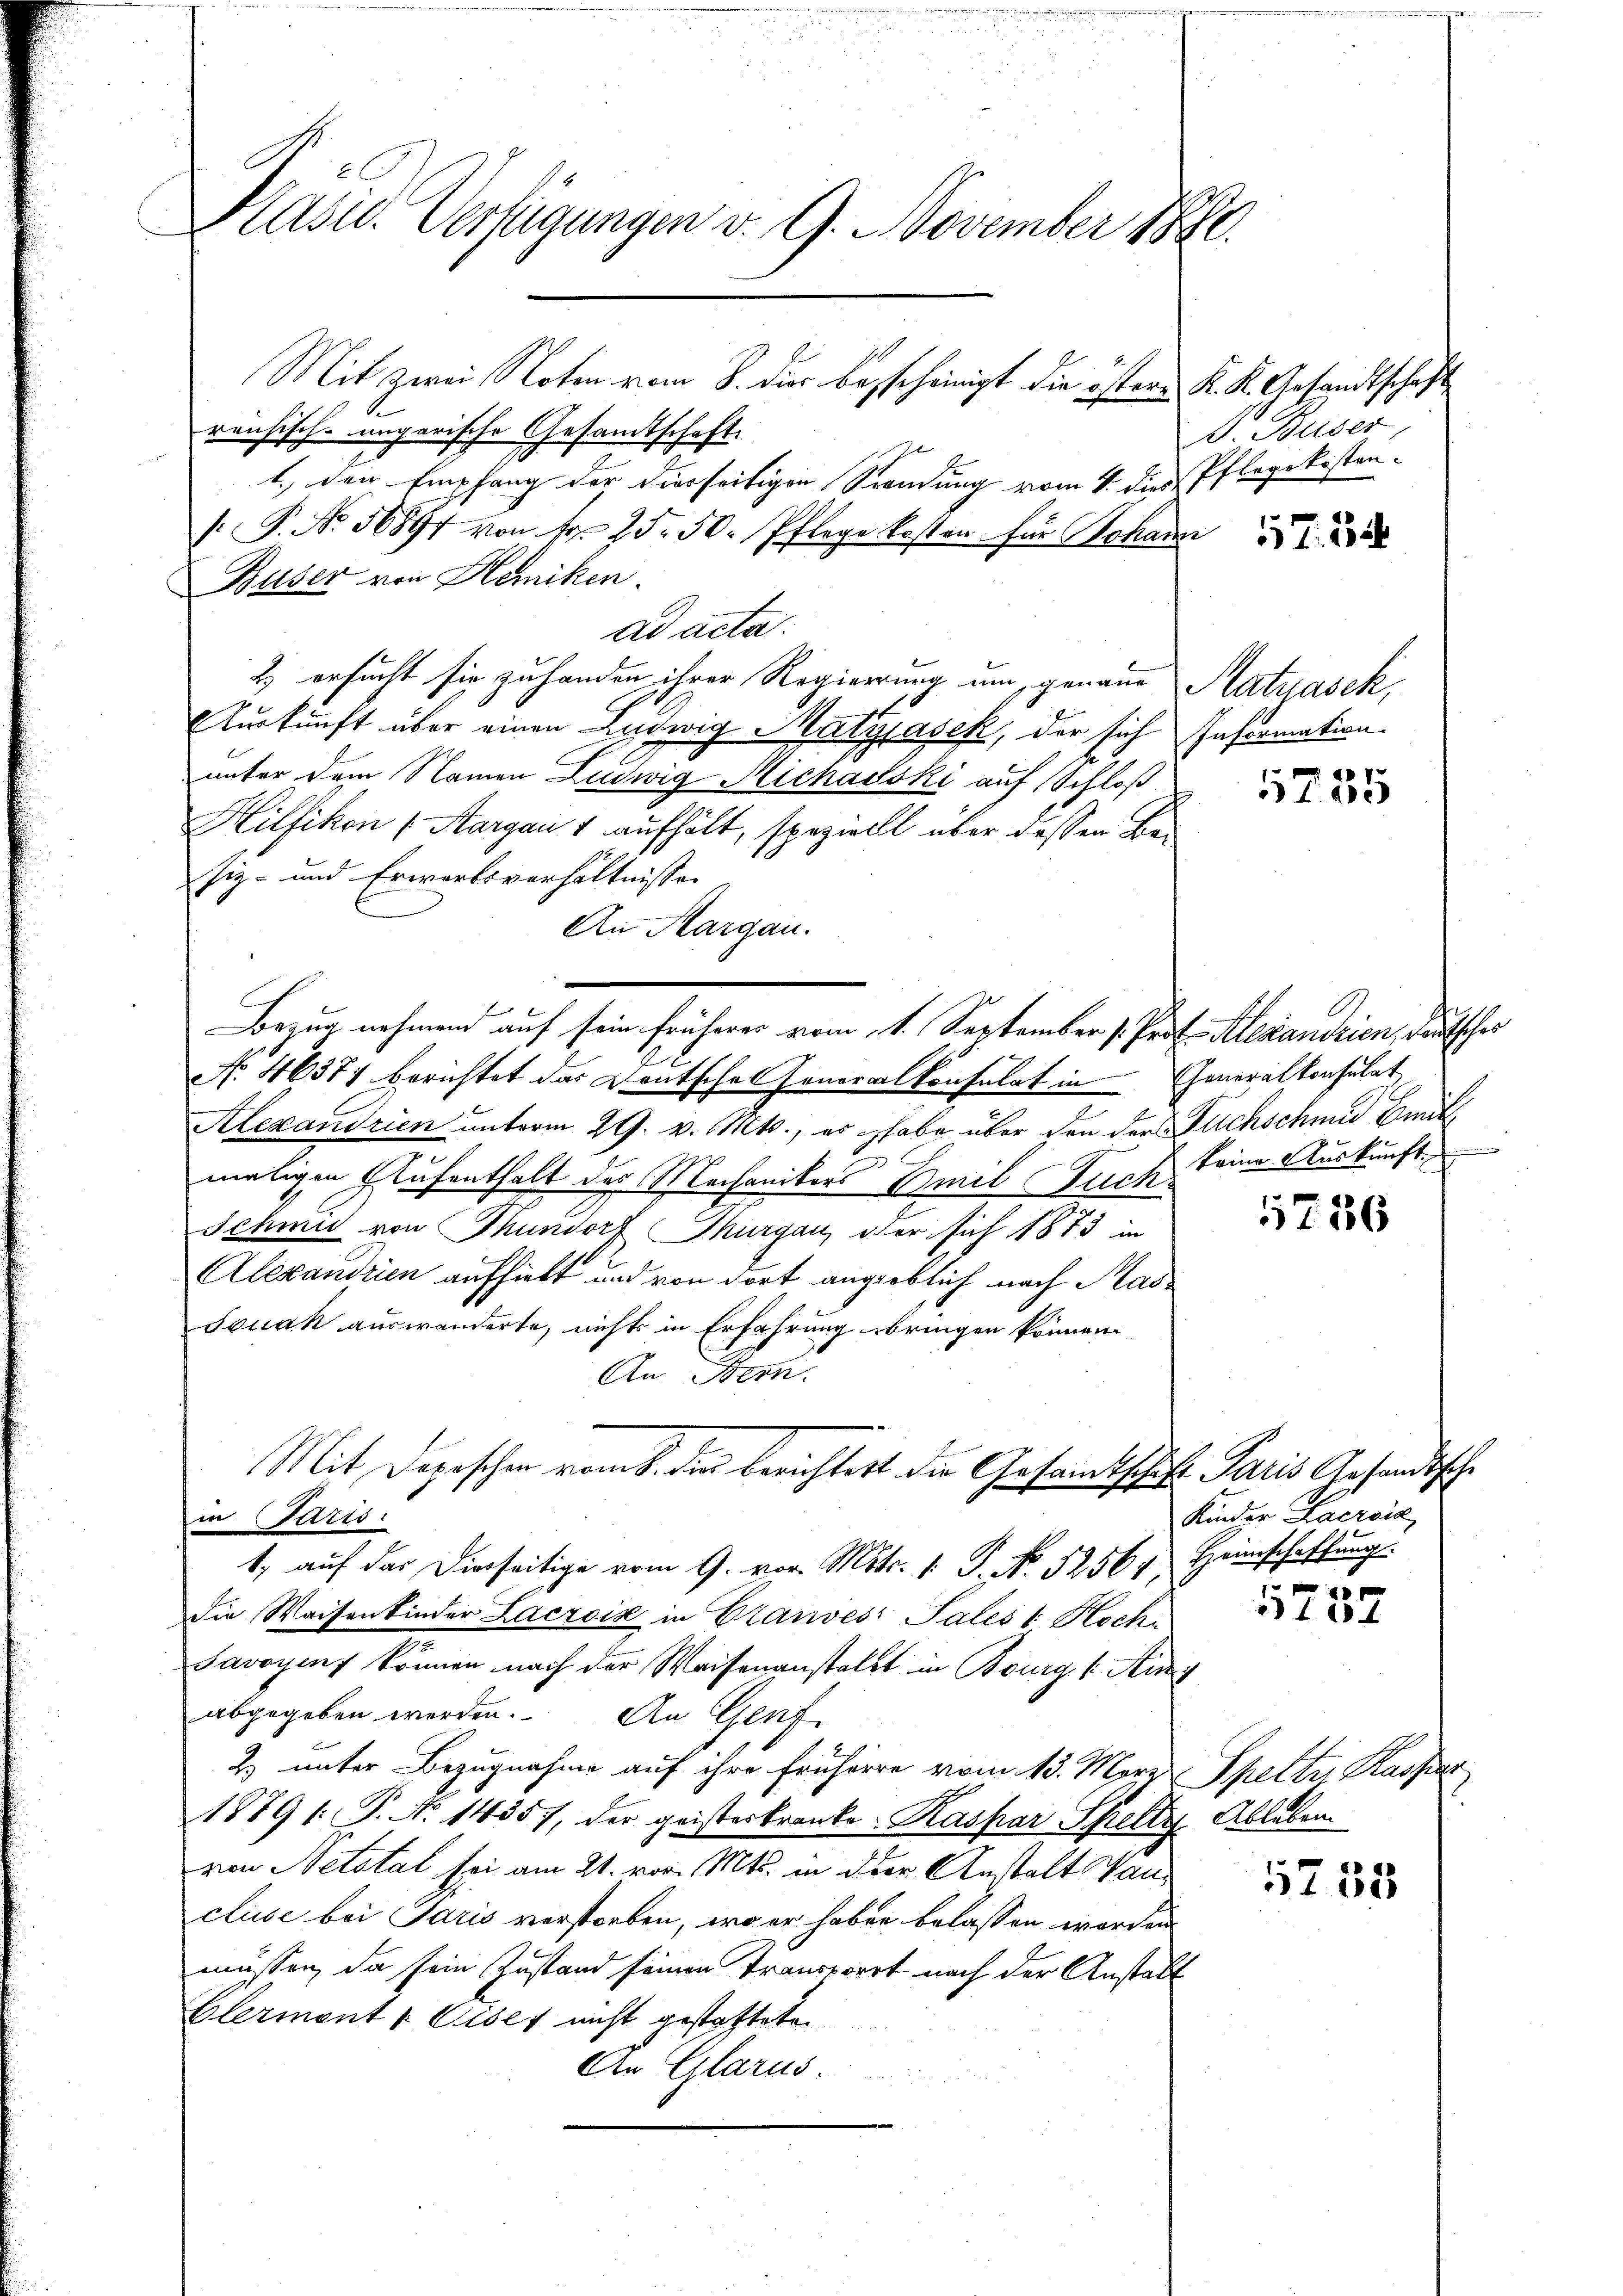
Kasu. Verfügungen v. 9. November 1880.

reusisch-ungarische Gesandtschaft.
t., den Empfang der dierseitigen Sendung vom 1 die Pflegekosten¬
 P. No. 56891 von Fr. 25. 50. Pflege kosten für Johann
Buser von Hemiken.
ad acta.
2) ersucht sie zu handen ihrer Regierung um, genaue Natyašek,
Auskunft über einen Ludwig Matzjašek, der sich Information.
unter dem Namen Ludwig Micharski auf Schloß
Hilfikon (Aargau 1 aufhält, speziell über dessen Betiz- und Erwartsverhältnissen
An Aargau.
No. 46371 berichtet das Deutschel Feueralkonsulat in Generalkonsulat
Alexandrien unterm 29. v. Mts., es habe über den der Fuchschmid Brüt

maligen Aufenthalt des Mechanikers Emil Fuch
Schmid von Thundorf Thurgau, aber sich 1873 in
.
Alexandrien aufhielt und von dort angeblich nach Mas¬
Jouak auswanderte, nichts in Erfahrung bringen können.
An Bern.
Mit Depeschen vom 8. der berichtest die Gesamtschaft Paris Gesandtsche
in Paris
1. auf das Dierseitige vom 9. vor. Mts. 1. J. No 52564 Heimschaffung
Die Waisenkinder Lacrois in Grandes Pales 1 Hoch-
s
Savoyens können nach der Waisenanstalt in Bourg (Aig
abgegeben werden. An Genf
2) unter Bezugnahme auf ihre Frühere vom 13. März
1879 (: P. N. 14357, der geisteskranke. Kaspar Spelte Ableben
von Netatal sei am 21. vor. Mts. in der Anstalt Kancluise bei Paris verstorben, wo er haben belassen worden
müssen, da sein Zustand seinen Transporrt nach der Anstalt
Elermont 1 Cises nicht gestattete
An Glarus.

Mit zwei Noten vom 8. dies besscheinigt die öster¬

Bezug nehmen auf sein früherer vom 1. September v. Prof. Alexandrien, deutscher

K. K. Gesandtschaft
D Buser,

57. 54

117. 235

keine Auskunft

5736

Kinder Lacrois

1
1734

5735

Spetter Kaiser